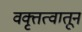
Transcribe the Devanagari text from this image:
वक्तृत्वातून